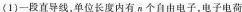
(1)一段直导线，单位长度内有n个自由电子，电子电荷